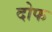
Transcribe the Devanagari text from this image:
दोफ